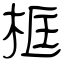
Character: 框